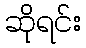
ဆိုရင်း